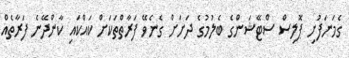
ގެމަނަފުށި ޕޮލިސް ސްޓޭޝަންގެ ބެލުމުގެ ދަށަށް ގެނެވޭ ފަރާތްތަކަށް ކައްކައި ކާންދޭނެ ފަރާތެއް